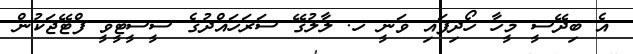
އެ ބިދޭސީ މީހާ ހޯދިފައި ވަނީ ހ. ލާލުގޭ ސަރަހައްދުގެ ސީސީޓީވީ ފްޓޭޖަކުން